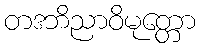
တဒဘိညာဝိမုတ္တော